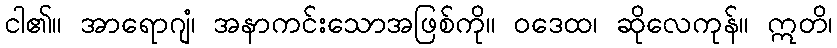
ငါ၏။ အာရောဂျံ၊ အနာကင်းသောအဖြစ်ကို။ ဝဒေထ၊ ဆိုလေကုန်။ ဣတိ၊